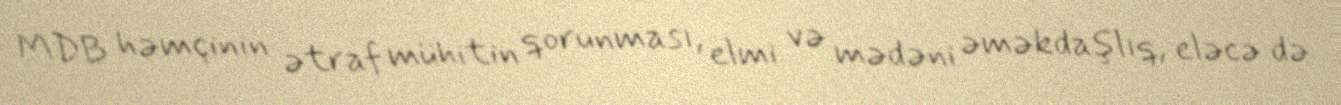
MDB həmçinin ətraf mühitin qorunması, elmi və mədəni əməkdaşlıq, eləcə də